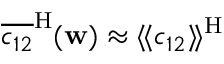
\overline { { c _ { 1 2 } } } ^ { \mathrm { H } } ( \mathbf { w } ) \approx \langle \! \langle c _ { 1 2 } \rangle \! \rangle ^ { \mathrm { H } }